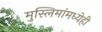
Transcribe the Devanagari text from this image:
मुस्लिमांमध्येही